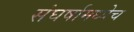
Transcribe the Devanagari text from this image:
संघर्षामध्येच